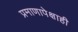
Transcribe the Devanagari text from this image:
प्रमाणापेक्षाही